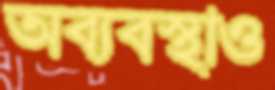
অব্যবস্থাও